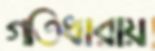
গতিধারায়